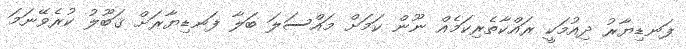
ފަނޑިޔާރު ދިއުމަކީ ރައްކާތެރިކަމެއް ނޫން ކަމަށް މައްސަލަ ބަލާ ފަނޑިޔާރަށް ޤަބޫލު ކުރެވޭނަމަ